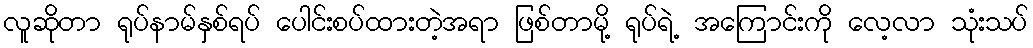
လူဆိုတာ ရုပ်နာမ်နှစ်ရပ် ပေါင်းစပ်ထားတဲ့အရာ ဖြစ်တာမို့ ရုပ်ရဲ့ အကြောင်းကို လေ့လာ သုံးသပ်